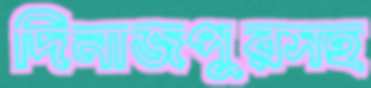
দিনাজপুরসহ